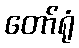
တော်ရုံ